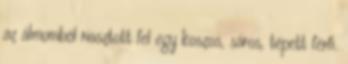
az álmomból riasztott fel egy koszos, sáros, tépett férfi.